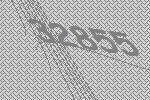
32855